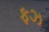
ફઝ